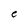
Character: e